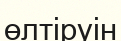
өлтіруін